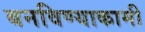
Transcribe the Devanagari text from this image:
बनविण्याकामी